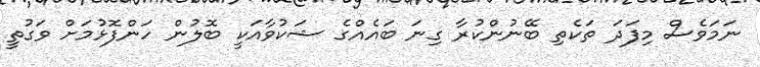
ނަމަވެސް މިފަދަ ތަކެތި ބޭނުންކުރާ ގިނަ ބައެއްގެ ޝަކުވާއަކީ ބޮލުން ހަންފޮޅުމަށް ވަގުތީ